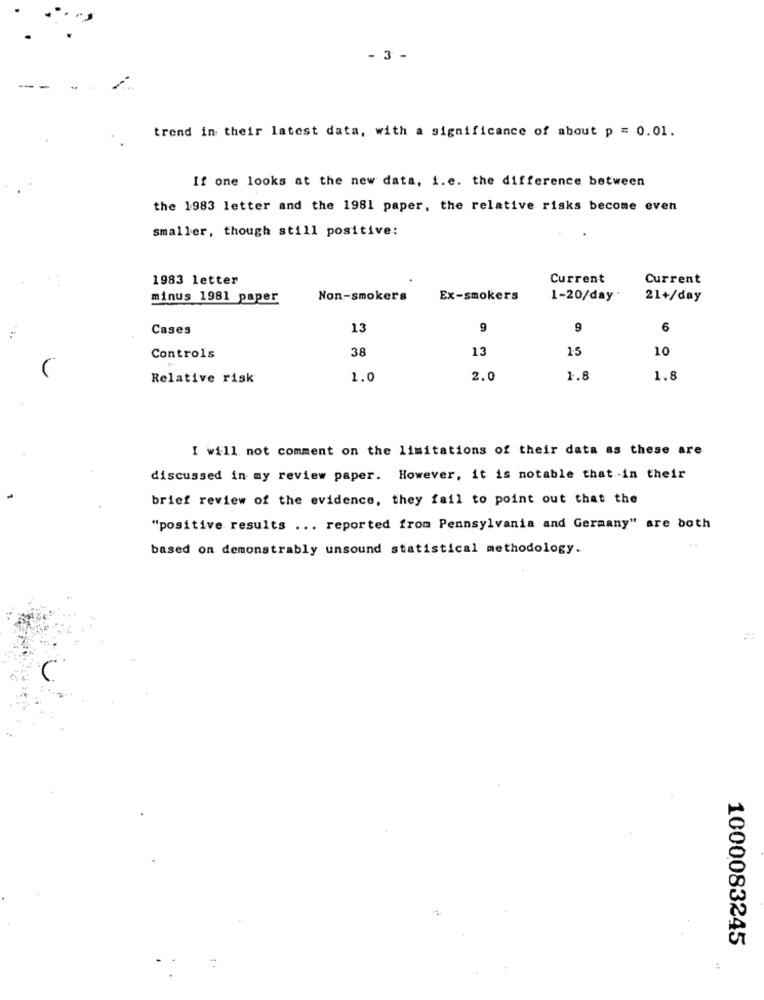
- 3 -
trend in their latest data, with a significance of about p = 0.01.
If one looks at the new data, i.e. the difference between
the 1983 letter and the 1981 paper, the relative risks become even
smaller, though still positive:
1983 letter
Current
Current
minus 1981 paper
Non-smokers
Ex-smokers
1-20/day"
21+/day
Cases
13
9
9
6
38
13
15
10
Controls
Relative risk
1.0
2.0
1.8
1.8
I will not comment on the limitations of their data as these are
discussed in my review paper. However, it is notable that in their
brief review of the evidence, they fail to point out that the
"positive results ... reported from Pennsylvania and Germany" are both
based on demonstrably unsound statistical methodology.
1000083245